Leaving Certificate Examination. Science, 1910
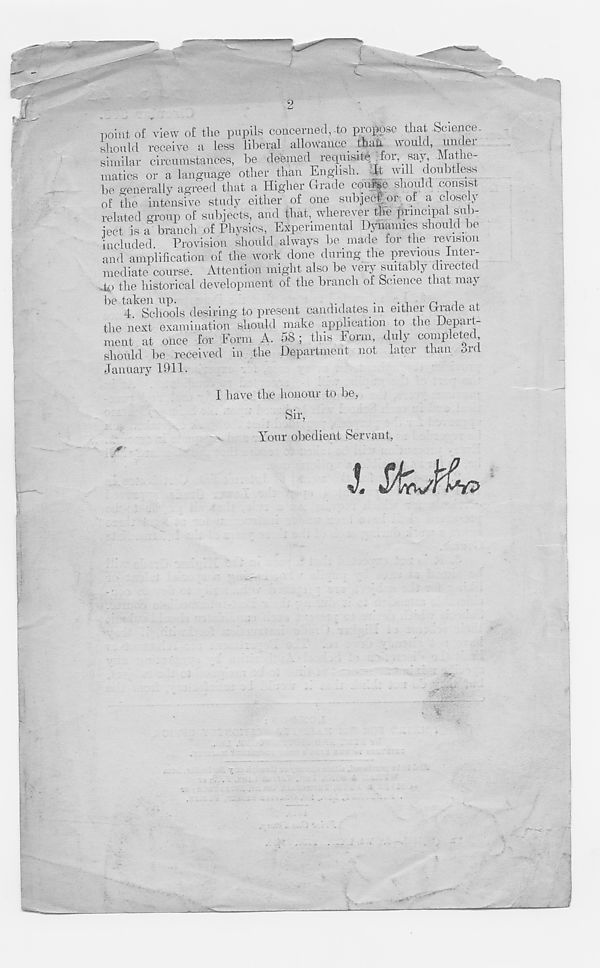
"i
2
point of view of the pupils concerned, to propose that Science,
should receive a less liberal allowance than would, under
similar circumstances, be deemed requisite^for, say, Mathe-
matics or a language other than English. It will doubtless
be generally agreed that a Higher Grade couige should consist
of the intensive study either of one subjecf or of a close y
related group of subjects, and that, wherever the principal siib-
iect is a branch of Physics, Experimental Dynamics should be
included Provision should always be made for the revision
and amplification of the work done during the previous Inter-
mediate course. Attention might also be very suitably directed
4p the historical development of the branch of Science that may
be taken up.
^ , ,
4. Schools desiring to present candidates m either Grade at
the next examination should make application to the Depart-
ment at once for Form A. 58 ; this Form, duly completed
should be received in the Department not later than ord
January 1911.
I have the honour to be,
Sir,
Your obedient Servant,